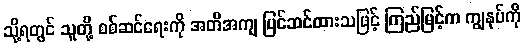
သို့ရတွင် သူတို့ စစ်ဆင်ရေးကို အတိအကျ ပြင်ဆင်ထားသဖြင့် ကြည်မြင့်က ကျွနုပ်ကို